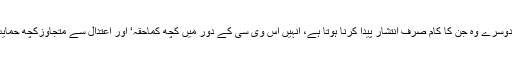
ان میں دو طرح کے لوگ ہوتے ہیں، ایک وہ جنہیں یہ ادارہ واقعی عزیز ہوتا ہے اور دوسرے وہ جن کا کام صرف انتشار پیدا کرنا ہوتا ہے، انہیں اس وی سی کے دور میں کچھ کماحقہ‘ اور اعتدال سے متجاوزکچھ حمایت یا مدد نہیں مل پاتی تو ان لوگوں کا کام شور شرابہ کرنے کے علاوہ کچھ نہیں ہوتا۔